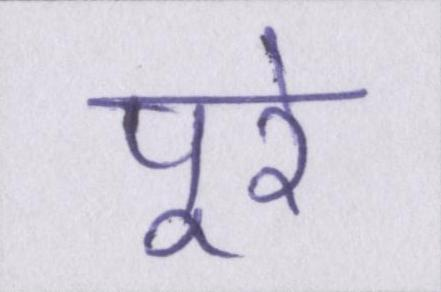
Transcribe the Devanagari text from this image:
पूरे